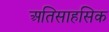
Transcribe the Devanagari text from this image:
अतिसाहसिक